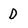
Character: D